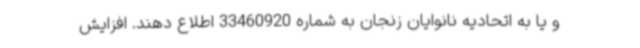
و یا به اتحادیه نانوایان زنجان به شماره 33460920 اطلاع دهند. افزایش